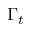
\Gamma _ { t }